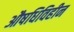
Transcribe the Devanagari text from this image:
औषधिविहीन